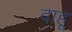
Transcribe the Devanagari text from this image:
दाहू